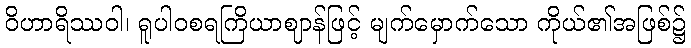
ဝိဟာရိဿဝါ၊ ရူပါဝစရကြိယာဈာန်ဖြင့် မျက်မှောက်သော ကိုယ်၏အဖြစ်၌